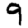
Digit: 9